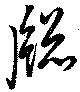
窓